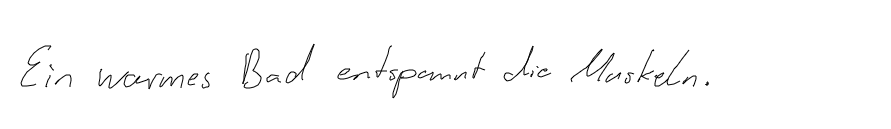
Ein warmes Bad entspannt die Muskeln.